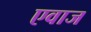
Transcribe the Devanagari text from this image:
एवाज